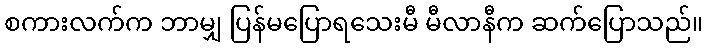
စကားလက်က ဘာမျှ ပြန်မပြောရသေးမီ မီလာနီက ဆက်ပြောသည်။